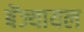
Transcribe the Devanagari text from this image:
बेंज्यायल